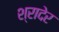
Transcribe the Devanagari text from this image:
श्रादेर